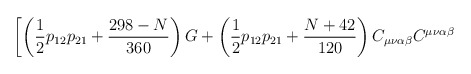
\begin{align*}\left[\left( \frac{1}{2} p_{1 2} p_{21} + \frac{298 -N}{360}\right)G +\left( \frac{1}{2 } p_{1 2} p_{2 1} + \frac{N+42}{120}\right)C_{\mu \nu \alpha \beta}C^{\mu \nu \alpha \beta}\right.\end{align*}